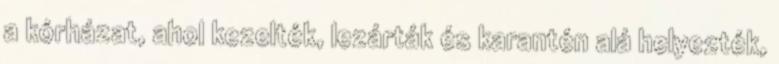
a kórházat, ahol kezelték, lezárták és karantén alá helyezték,